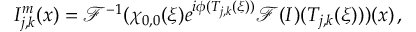
I _ { j , k } ^ { m } ( \boldsymbol { x } ) = \mathcal { F } ^ { - 1 } ( \chi _ { 0 , 0 } ( \boldsymbol { \xi } ) e ^ { i \phi ( T _ { j , k } ( \boldsymbol { \xi } ) ) } \mathcal { F } ( I ) ( T _ { j , k } ( \boldsymbol { \xi } ) ) ) ( \boldsymbol { x } ) \, ,